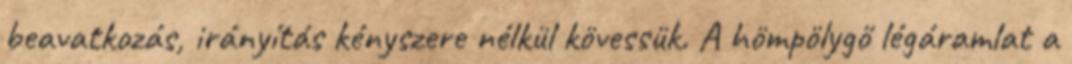
beavatkozás, irányítás kényszere nélkül kövessük. A hömpölygő légáramlat a